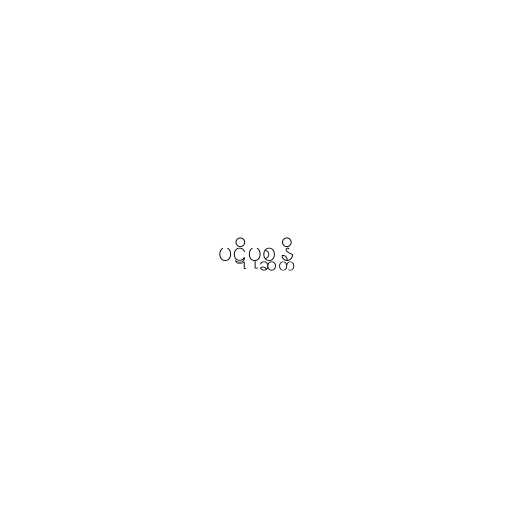
ပဋိပုစ္ဆန္တိ